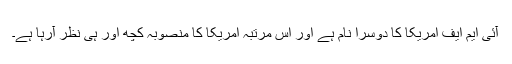
آئی ایم ایف امریکا کا دوسرا نام ہے اور اس مرتبہ امریکا کا منصوبہ کچھ اور ہی نظر آرہا ہے۔